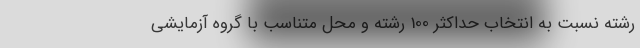
رشته نسبت به انتخاب حداکثر 100 رشته و محل متناسب با گروه آزمایشی